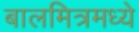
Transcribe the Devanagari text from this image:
बालमित्रमध्ये